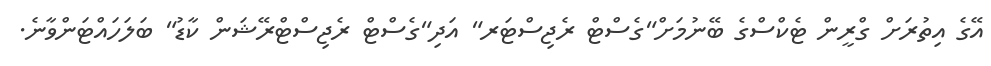
އޭގެ އިތުރަށް ގްރީން ޓެކްސްގެ ބޭނުމަށް"ގެސްޓް ރެޖިސްޓަރ" އަދި"ގެސްޓް ރެޖިސްޓްރޭޝަން ކާޑު" ބަލަހައްޓަންވާނެ.